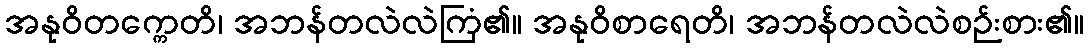
အနုဝိတက္ကေတိ၊ အဘန်တလဲလဲကြံ၏။ အနုဝိစာရေတိ၊ အဘန်တလဲလဲစဉ်းစား၏။